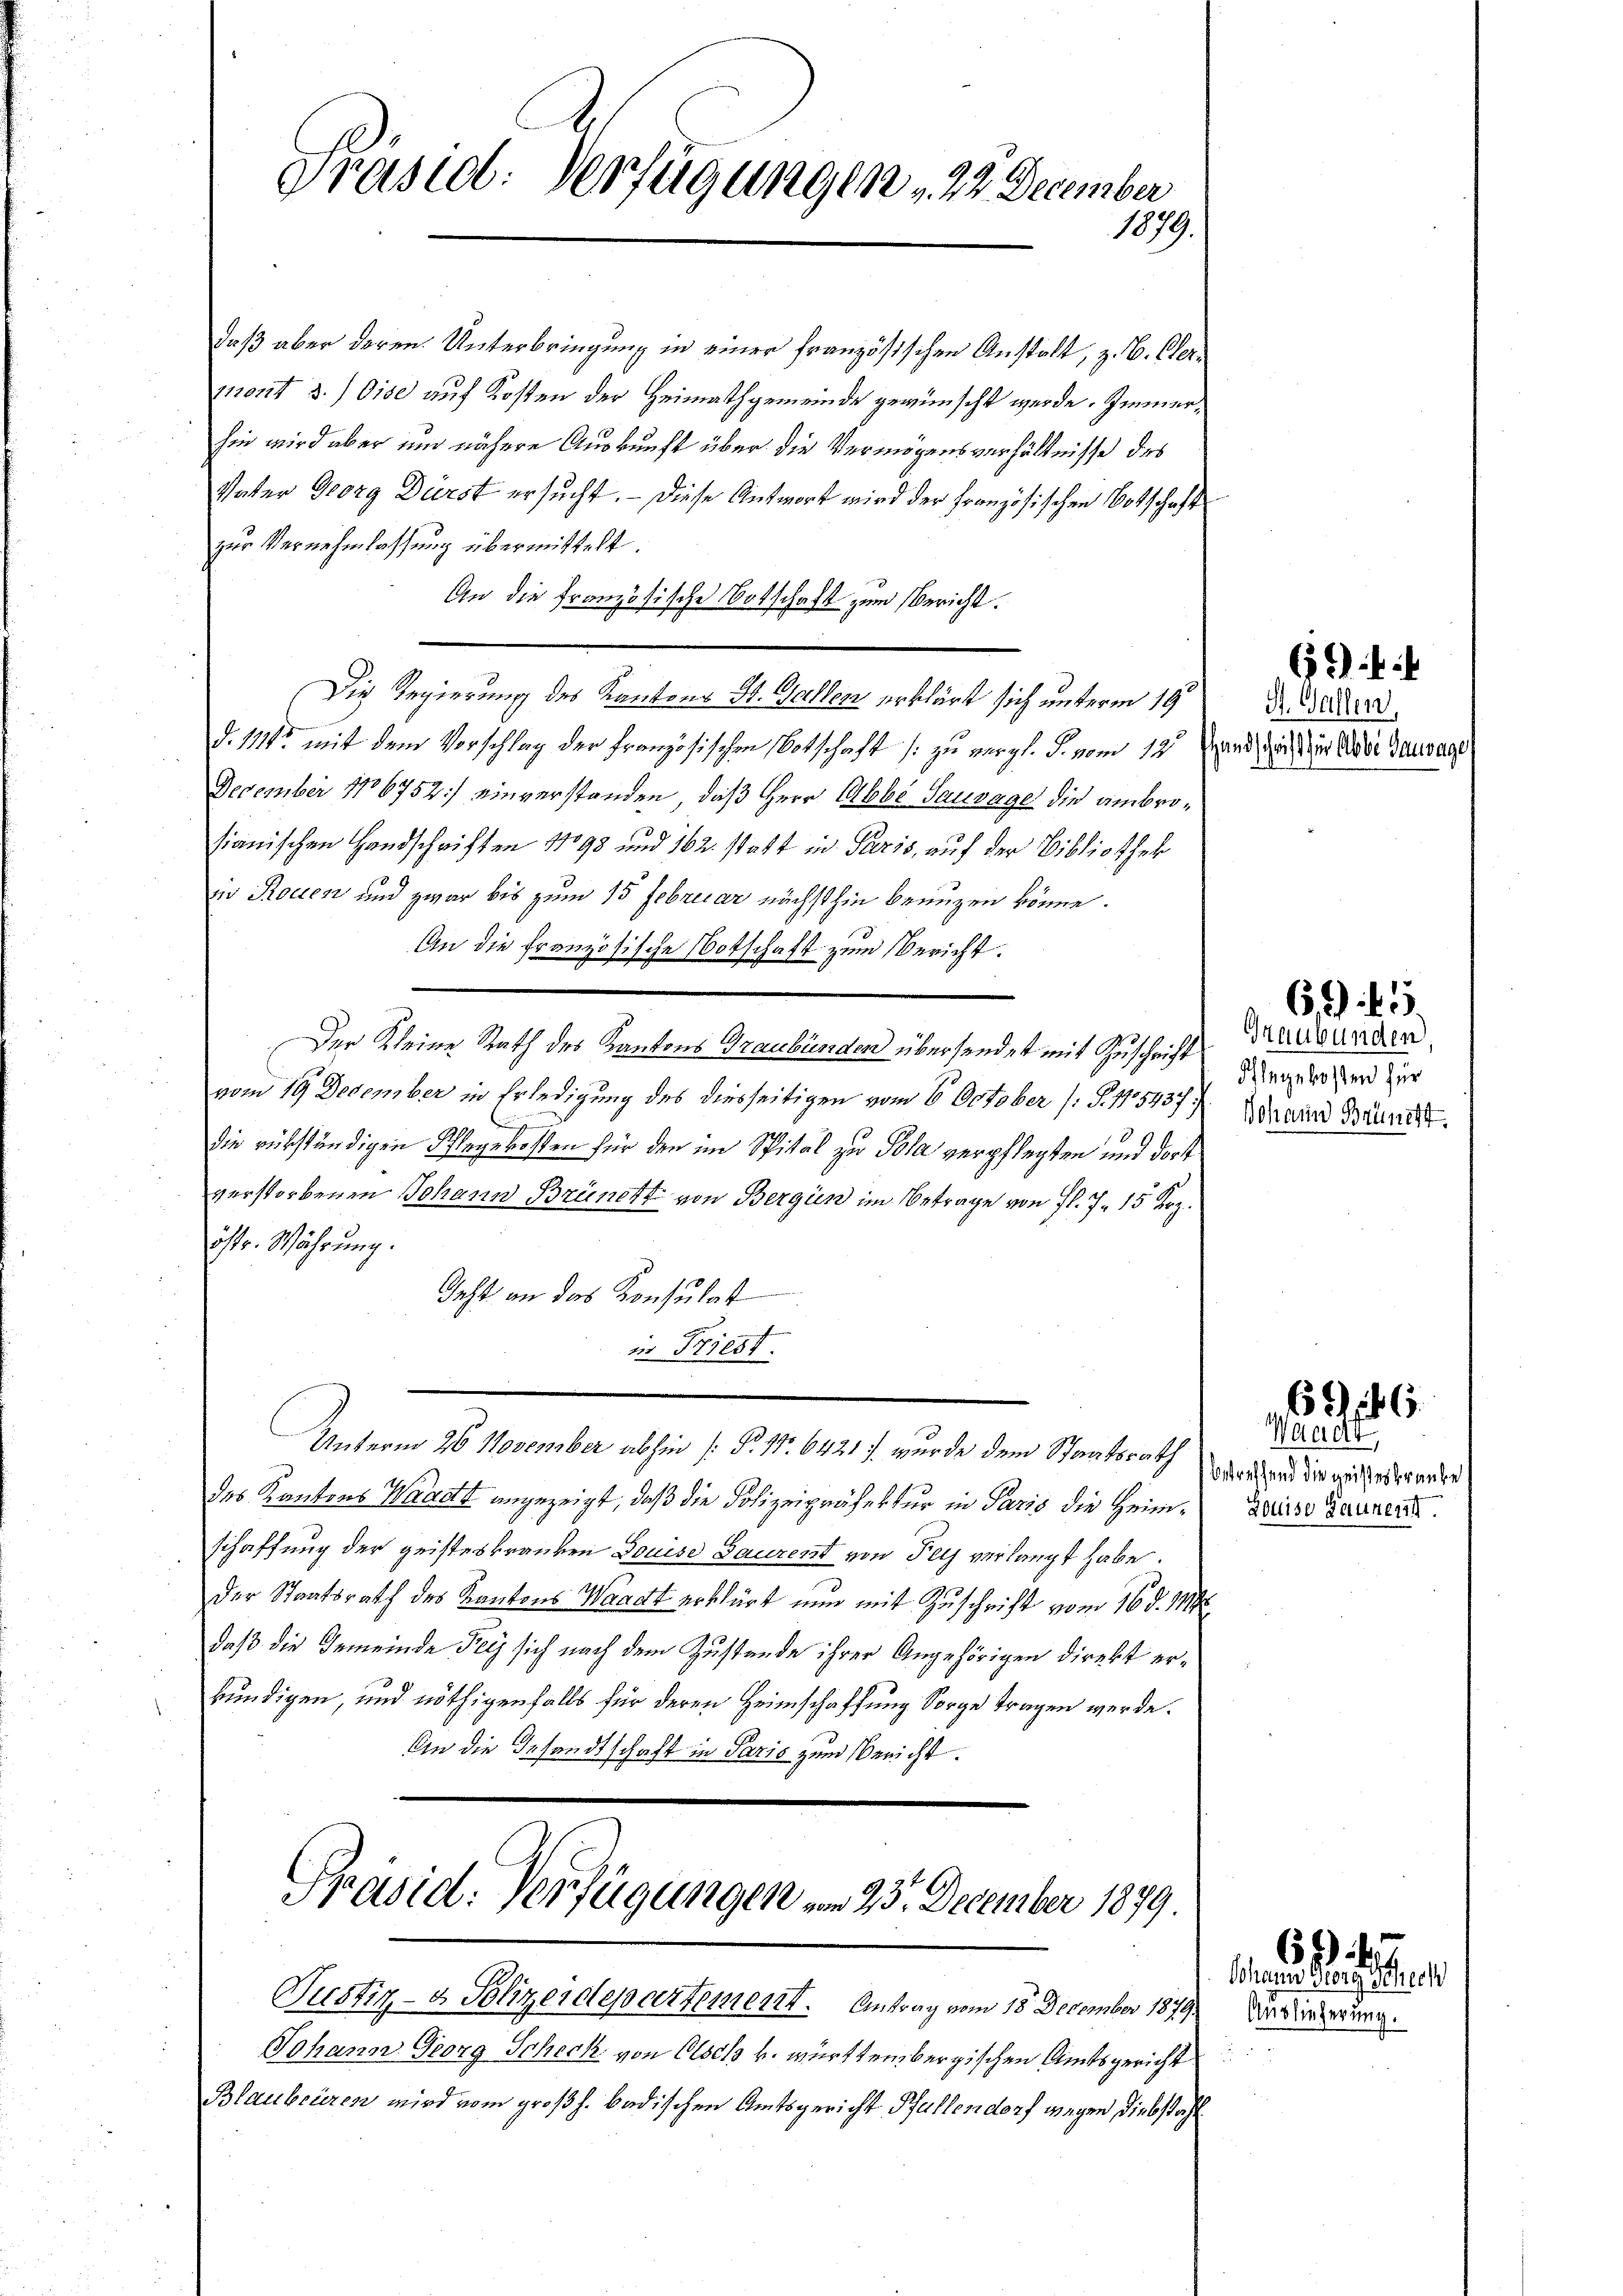
Präsid. Verfügungen , 22. December
1879.

daß aber deren Unterbringung in einer französischen Anstalt, z. B. Cler¬
112044 3.) Dise auf Kosten der Heimathgemeinde gewünscht werde. Immerhin wird aber und nähere Auskunft über die Vermögensverhältnisse des
Vater Georg Durst ersucht. — Diese Antwort wird der Französischen Botschaft
zur Vernehmlassung übermittelt.
An die Französische Botschaft zum Bericht.
Die Regierung des Kantons St. Gallen erklärt sich unterm 19
§. 11162 mit dem Vorschlag der Französischen Botschaft /: zu vergl. P. vom 12
December No 6752) einverstanden, daß Herr Abbé Sausage die ambrosianischen Handschriften No 98 und 162. statt in Paris, auf der Bibliothek
nr Rollen und zwar bis zum 15 Februar nächsthin benuzen könne.
An die Französische Botschaft zum Bericht.
Der Kleine Rath des Kantons Graubünden übersendet mit Zuschrift
vom 19. December in Erledigung des diesseitigen vom 6 October (S. 115437.)
die rükständigen Pflegekosten für den im Spital zu Pola verpflegten und dort
verstorbenen Johann Brünett von Bergün im Betrage von fl. 7. 15 Koz.
öste. Währung.
Jeht an das Konsulat
in Priest.
Unterm 26. November abhin (§. 11. 6421 J. wurde dem Staatsrath
des Kantons Waadt angezeigt, daß die Polizeipräfektur in Paris die Heimschaffung der geisteskranken Douise Gaurent von Fels verlangt habe
der Staatsrath des Kantons Waadt erklärt nun mit Zuschrift vom 16. d. 114
daß die Gemeinde Teig sich nach dem Zustande ihrer Angehörigen direkt erkundigen, und nöthigenfalls für deren Heimschaffung Sorge tragen werde.
An die Gesandtschaft in Paris zum Bericht

Präsid. Verfügungen vom 23. December 1879

Justiz- & Polizeidepartement. Antrag vom 18. December 1879
Johann Georg Scheck von Olsch k. württembergischen Amtsgericht
Blaubeüren wird vom großh. badischen Amtsgericht Pfullendorf wegen Diebstahl

6f

St. Gallen,
undschrift für Abbe Gauvage

Graubünden
Phlegekosten für
Johann Brunert.

6, 15.

6

Waacht
rehhand die geisteskranke
Louise Gaunent.

Sohann Georg Schrech
Auslieferung.

62)